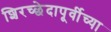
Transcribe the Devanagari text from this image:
शिरच्छेदापूर्वीच्या